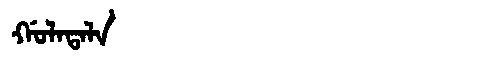
Manchu: ᡤᠣᠯᠠᡨᠠᠯᠠ
Romanization: GOLATALA